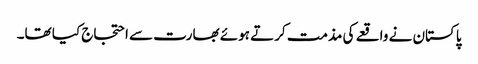
پاکستان نے واقعے کی مذمت کرتے ہوئے بھارت سے احتجاج کیا تھا۔